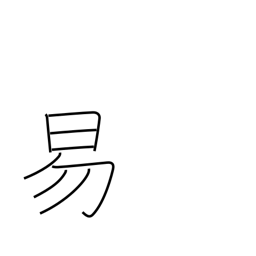
Meaning: easy